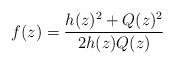
LaTeX: \begin{align*}f(z)=\frac{h(z)^2+Q(z)^2}{2h(z)Q(z)}\end{align*}